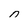
Character: 0